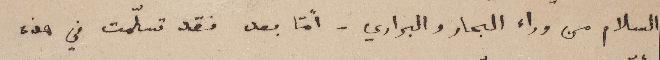
السلام من وراء البحار والبراري - أمّا بعد فقد تسلّمت في هذه